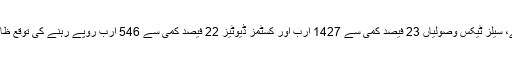
بالواستہ ٹیکس وصولیاں 2 اعشاریہ 4 فیصد کمی سے 1287 ارب روپے رہنے کا امکان ہے، سیلز ٹیکس وصولیاں 23 فیصد کمی سے 1427 ارب اور کسٹمز ڈیوٹیز 22 فیصد کمی سے 546 ارب روپے رہنے کی توقع ظاہر کی گئی ہے جبکہ پیٹرولیم ٹیکس 2 فیصد کمی سے 295 ارب روپے رہنے کا امکان ہے۔